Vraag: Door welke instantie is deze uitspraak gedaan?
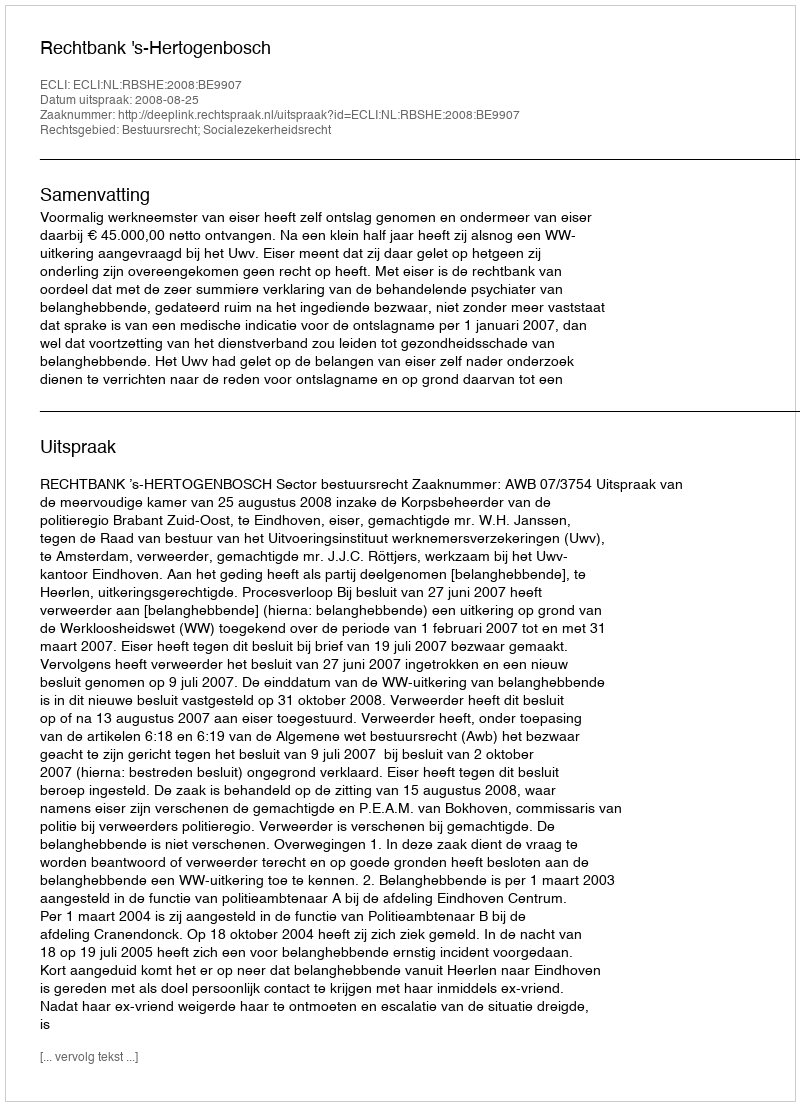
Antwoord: Rechtbank 's-Hertogenbosch